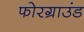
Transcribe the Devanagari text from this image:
फोरग्राउंड